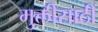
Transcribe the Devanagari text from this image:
मुक्तीसाठीं